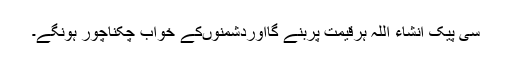
سی پیک انشاء اللہ ہرقیمت پربنے گااوردشمنوںکے خواب چکناچور ہونگے۔